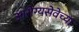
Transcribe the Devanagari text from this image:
आरोग्यसेवेच्या